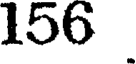
156